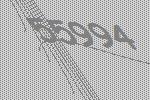
55994